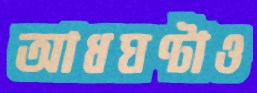
আধঘণ্টাও